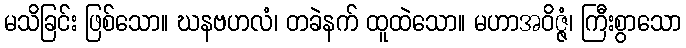
မသိခြင်း ဖြစ်သော။ ဃနဗဟလံ၊ တခဲနက် ထူထဲသော။ မဟာအဝိဇ္ဇံ၊ ကြီးစွာသော